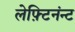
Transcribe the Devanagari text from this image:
लेफ़्टिनंन्ट